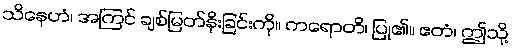
သိနေဟံ၊ အကြင် ချစ်မြတ်နိုးခြင်းကို။ ကရောတိ၊ ပြု၏။ ဧတံ၊ ဤသို့